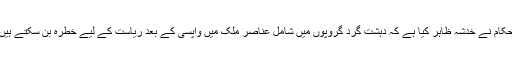
حکام نے خدشہ ظاہر کیا ہے کہ دہشت گرد گروپوں میں شامل عناصر ملک میں واپسی کے بعد ریاست کے لیے خطرہ بن سکتے ہیں۔